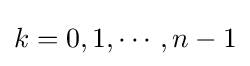
k=0,1,\cdots ,n-1